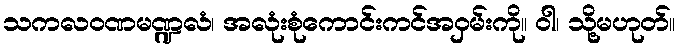
သကလဝဏမဏ္ဍလံ၊ အလုံးစုံကောင်းကင်အဝှမ်းကို။ ဝါ၊ သို့မဟုတ်။